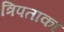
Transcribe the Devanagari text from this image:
त्रिपताका